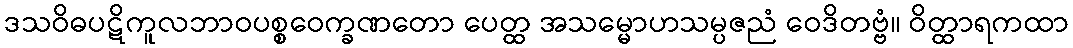
ဒသဝိဓပဋိကူလဘာဝပစ္စဝေက္ခဏတော ပေတ္ထ အသမ္မောဟသမ္ပဇညံ ဝေဒိတဗ္ဗံ။ ဝိတ္ထာရကထာ